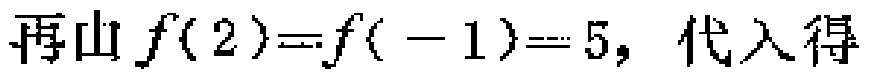
再由 \(f(2)=f(-1)=5,\) 代入得